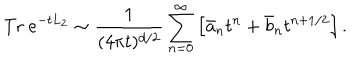
\mathrm { T r } ~ e ^ { - t L _ { 2 } } \sim { \frac { 1 } { ( 4 \pi t ) ^ { d / 2 } } } \sum _ { n = 0 } ^ { \infty } \left[ \bar { a } _ { n } t ^ { n } + \bar { b } _ { n } t ^ { n + 1 / 2 } \right] .